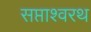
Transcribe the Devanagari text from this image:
सप्ताश्वरथ